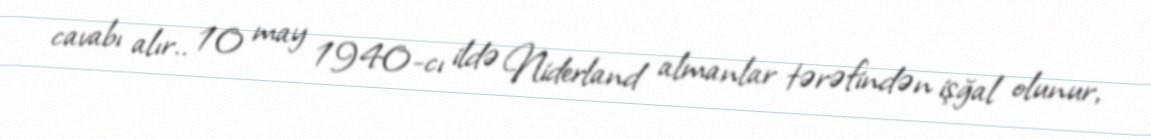
cavabı alır.. 10 may 1940-cı ildə Niderland almanlar tərəfindən işğal olunur,